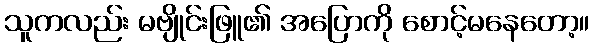
သူကလည်း မဗျိုင်းဖြူ၏ အပြောကို စောင့်မနေတော့။